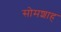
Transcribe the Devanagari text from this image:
सोमशाह